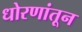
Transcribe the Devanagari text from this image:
धोरणांतून